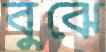
বুঝে